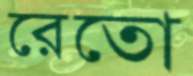
রেতো